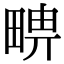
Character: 𤲦